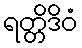
ရတ္တိဒိဝံ